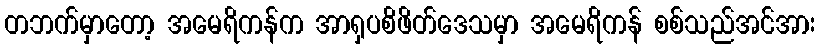
တဘက်မှာတော့ အမေရိကန်က အာရှပစိဖိတ်ဒေသမှာ အမေရိကန် စစ်သည်အင်အား